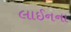
લાઈનના